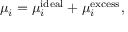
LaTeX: \mu _ { i } = \mu _ { i } ^ { \mathrm { i d e a l } } + \mu _ { i } ^ { \mathrm { e x c e s s } } ,